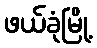
ဖယ်ခုံမြို့